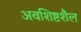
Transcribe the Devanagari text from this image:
अवशिष्टशैल